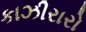
કાઝીરારો